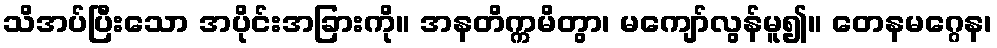
သိအပ်ပြီးသော အပိုင်းအခြားကို။ အနတိက္ကမိတွာ၊ မကျော်လွန်မူ၍။ တေနမဂ္ဂေန၊